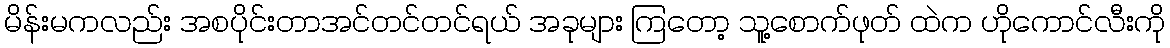
မိန်းမကလည်း အစပိုင်းတာအင်တင်တင်ရယ် အခုများ ကြတော့ သူ့စောက်ဖုတ် ထဲက ဟိုကောင်လီးကို